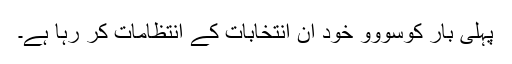
پہلی بار کوسووو خود ان انتخابات کے انتظامات کر رہا ہے۔